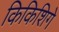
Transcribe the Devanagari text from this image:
किकिशिगे